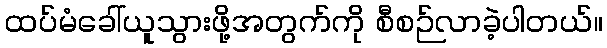
ထပ်မံခေါ်ယူသွားဖို့အတွက်ကို စီစဉ်လာခဲ့ပါတယ်။